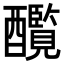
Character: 𨣸